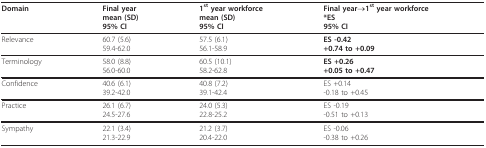
<table><thead><tr><td><b>Domain</b></td><td><b>Final yearmean (SD)95% CI</b></td><td><b>1<sup>st </sup>year workforcemean (SD)95% CI</b></td><td><b>Final year→1<sup>st </sup>year workforce*ES95% CI</b></td></tr></thead><tbody><tr><td>Relevance</td><td>60.7 (5.6)59.4-62.0</td><td>57.5 (6.1)56.1-58.9</td><td><b>ES -0.42</b><b>+0.74 to +0.09</b></td></tr><tr><td>Terminology</td><td>58.0 (8.8)56.0-60.0</td><td>60.5 (10.1)58.2-62.8</td><td><b>ES +0.26</b><b>+0.05 to +0.47</b></td></tr><tr><td>Confidence</td><td>40.6 (6.1)39.2-42.0</td><td>40.8 (7.2)39.1-42.4</td><td>ES +0.14-0.18 to +0.45</td></tr><tr><td>Practice</td><td>26.1 (6.7)24.5-27.6</td><td>24.0 (5.3)22.8-25.2</td><td>ES -0.19-0.51 to +0.13</td></tr><tr><td>Sympathy</td><td>22.1 (3.4)21.3-22.9</td><td>21.2 (3.7)20.4-22.0</td><td>ES -0.06-0.38 to +0.26</td></tr></tbody></table>